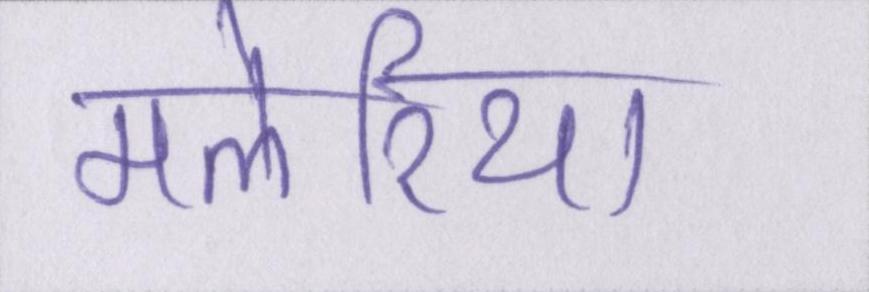
मलेरिया